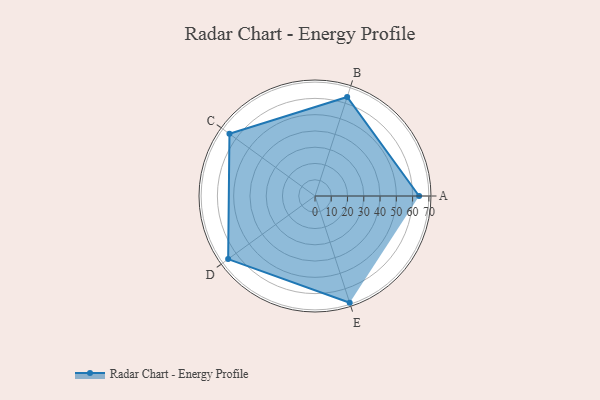
{"axis": {"x": "Skill", "y": "Score"}, "legend": ["Profile"], "data": [{"x": "A", "y": 64.0, "type": "Profile"}, {"x": "B", "y": 64.0, "type": "Profile"}, {"x": "C", "y": 65.0, "type": "Profile"}, {"x": "D", "y": 66.0, "type": "Profile"}, {"x": "E", "y": 69.0, "type": "Profile"}]}